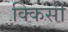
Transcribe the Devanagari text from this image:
क्किसी